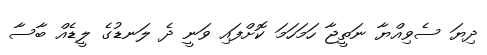
ދިޔަ ސެވިއްޔާ ނަތީޖާ ހަމަހަމަ ކޮށްފައި ވަނީ ދެ ލަނޑުގެ ލީޑެއް ބާސާ